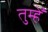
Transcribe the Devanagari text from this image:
तुम्हेँ